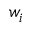
w _ { i }